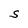
Character: S